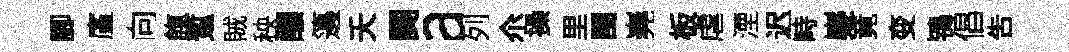
腳廑向餼蹔賊秧釀籩夭闋a列尒操里閩嶤板虐湮迟畤嶷竟变鴇倡吿